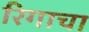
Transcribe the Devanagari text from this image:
रिगाचा